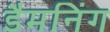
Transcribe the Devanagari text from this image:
डैमनिंग